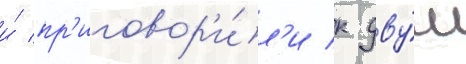
и́ пр'иговор'и́л'и к дву́м